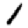
Digit: 1